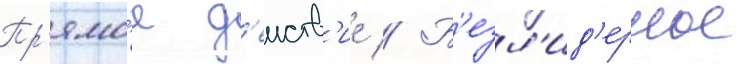
Пр'ямо́е д'еиств'ие // Б'езл'ид'ерное